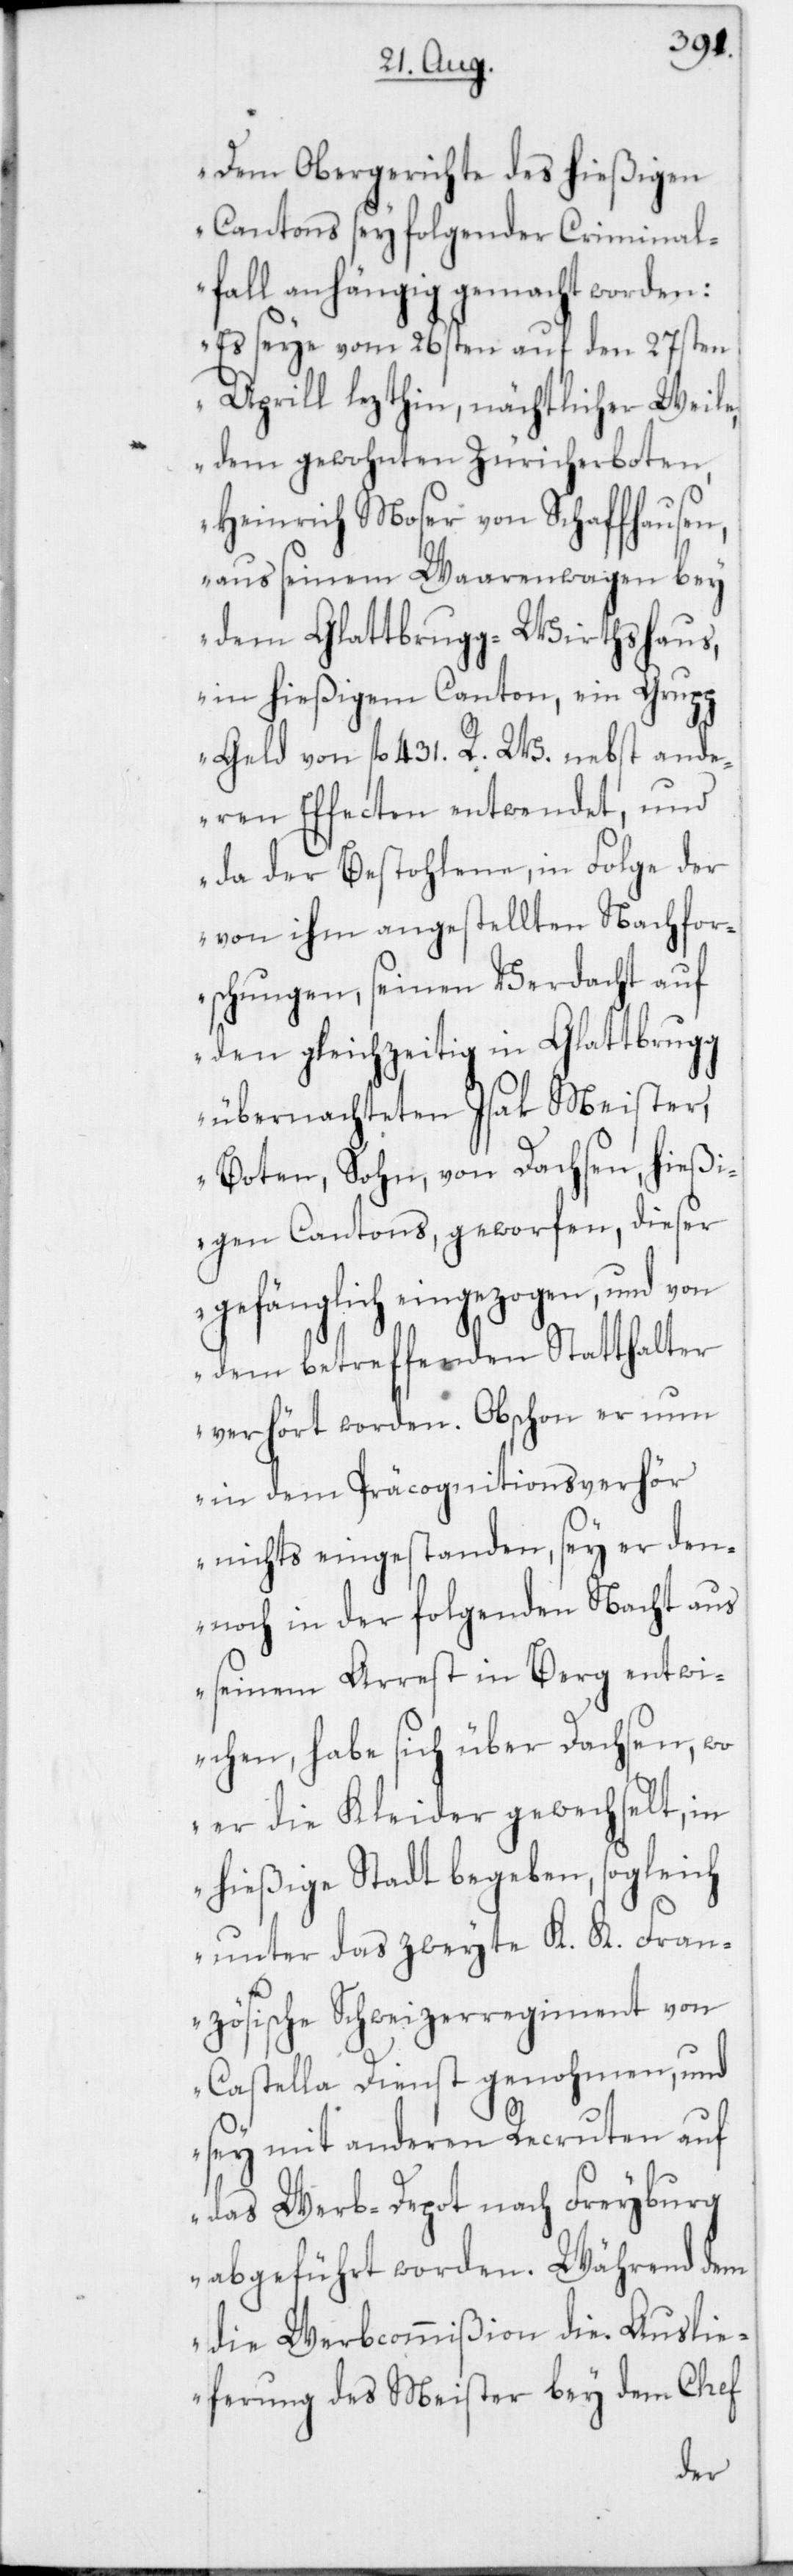
„Dem Obergerichte des hießigen
Cantons sey folgender Criminal¬
fall anhängig gemacht worden:
Es seye vom 26sten auf den 27sten
Aprill lezthin, nächtlicher Weile,
dem gewohnten Züricherboten
Heinrich Moser von Schaffhausen,
aus seinem Waarenwagen bey
dem Glattbrugg-Wirthshaus,
in hießigem Canton, ein Grupp
Geld von fl. 431. R. W. nebst and¬
eren Effecten entwendet, und
da der Bestohlene, in Folge der
von ihm angestellten Nachfor¬
schungen, seinen Verdacht auf
den gleichzeitig in Glattbrugg
übernachteten Isak Meister,
Boten, Sohn, von Dachsen, hießi¬
gen Cantons, geworfen, dieser
gefänglich eingezogen, und von
dem betreffenden Statthalter
verhört worden. Obschon er nun
in dem Präcognitionsverhör
nichts eingestanden, sey er den¬
noch in der folgenden Nacht aus
seinem Arrest in Berg entwi¬
chen, habe sich über Dachsen, wo
er die Kleider gewechselt, in
hießige Stadt begeben, sogleich
unter das zweyte K. K. Fran¬
zösische Schweizerregiment von
Castella Dienst genohmen und
sey mit anderen Recruten auf
das Werb-Depot nach Freyburg
abgeführt worden. Während dem
die Werbcommißion die Ausli¬
eferung des Meister bey dem Chef